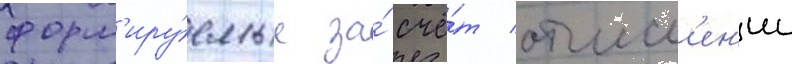
форм'иру́емые за́ счё́т отчисл'ен'ии